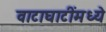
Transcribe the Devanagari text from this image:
वाटाघाटींमध्ये